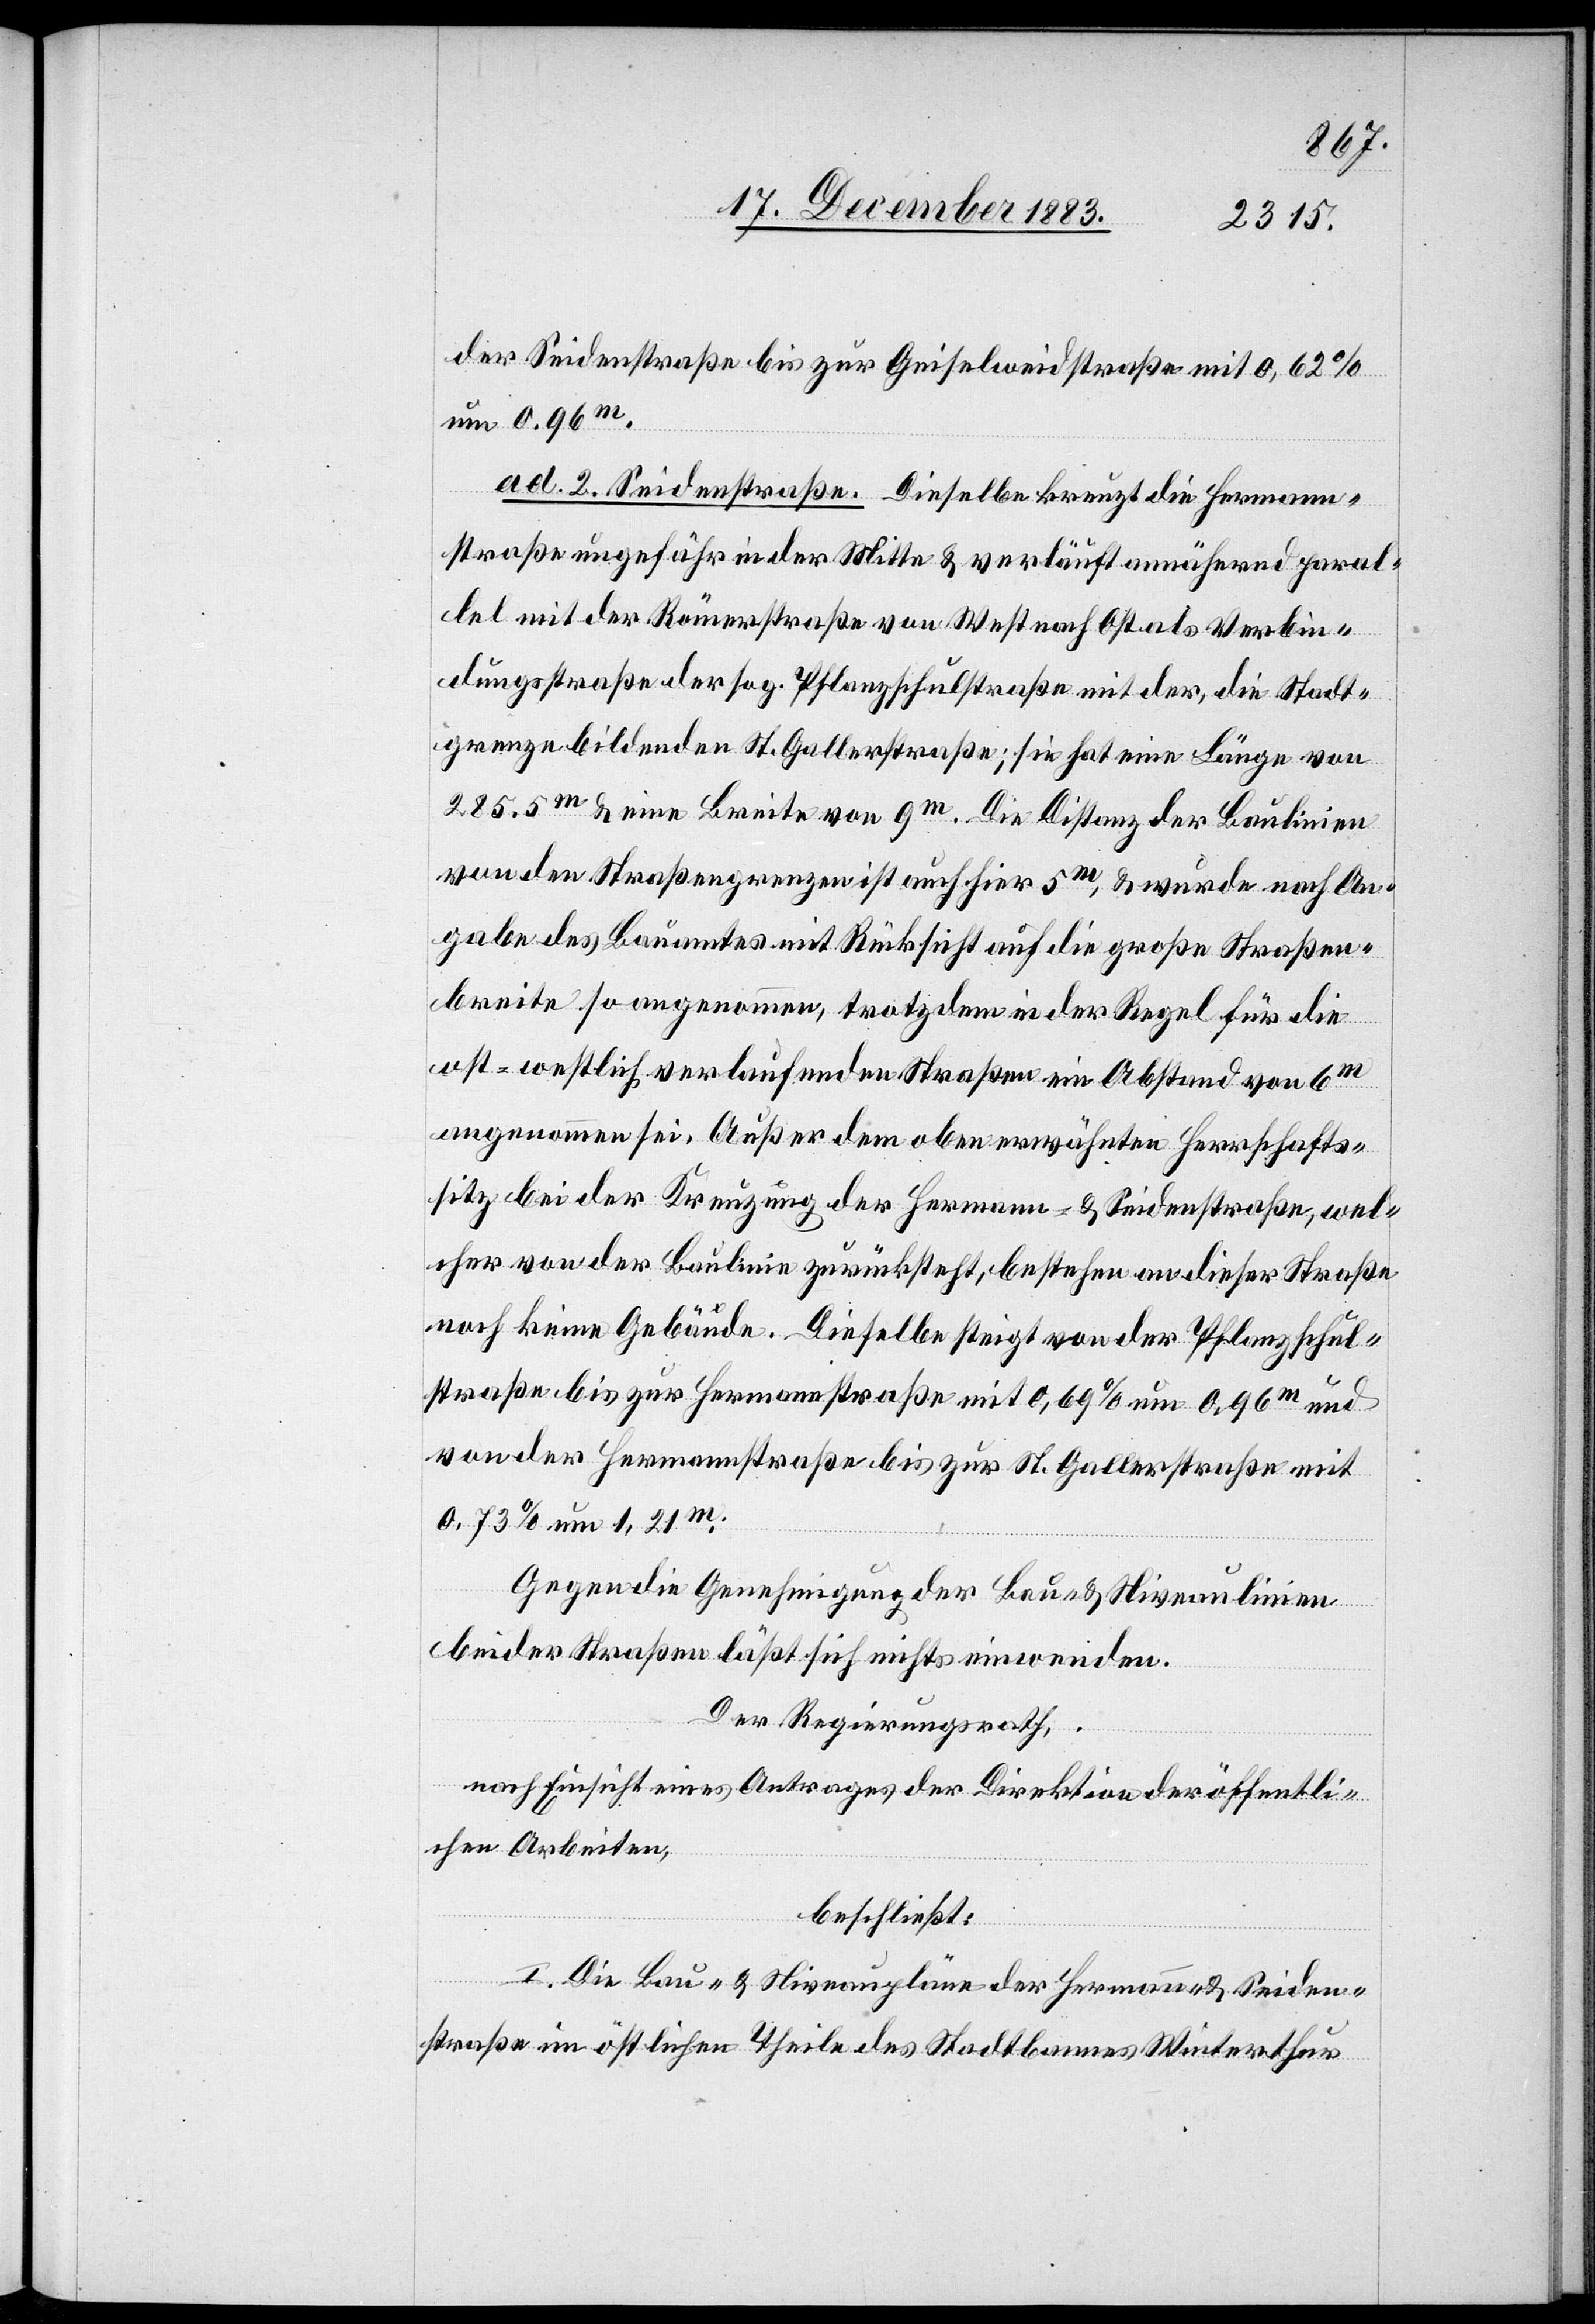
der Seidenstraße bis zur Geiseleidstraße mit 0,62%
um 0,96m.
ad 2. Seidenstraße. Dieselbe kreuzt die Hermann¬
straße ungefähr in der Mitte & verläuft annähernd paral¬
lel mit der Römerstraße von West nach Ost als Verbin¬
dungsstraße der sog. Pflanzschulstraße; sie hat eine Länge
285,5m & eine Breite von 9m. Die Distanz der Baulinien
von den Straßengrenzen ist auch hier 5m, & wurde nach An¬
gabe des Bauamtes mit Rücksicht auf die große Straßen¬
breite so angenommen, trotzdem in der Regel für die
ost-westlich verlaufenden Straßen ein Abstand von 6m
angenommen sei. Außer dem oben erwähnten Herrschafts¬
sitz bei der Kreuzung der Hermann- & Seidenstraße, wel¬
cher von der Baulinie zurücksteht, bestehen an dieser Straße
noch keine Gebäude. Dieselbe steigt von der Pflanzschul¬
straße bis zur Hermannstraße mit 0,69% um 0,96m und
von der Hermannstraße bis zur St. Gallerstraße mit
Gegen die Genehmigung der Bau- & Niveaulinien
beider Straßen läßt sich nichts einwenden.
Der Regierungsrath,
nach Einsicht eines Antrages der Direktion der öffentli¬
chen Arbeiten,
beschließt:
I. Die Bau- & Niveaupläne der Hermann- & Seiden¬
straße im östlichen Theile des Stadtbannes Winterthur